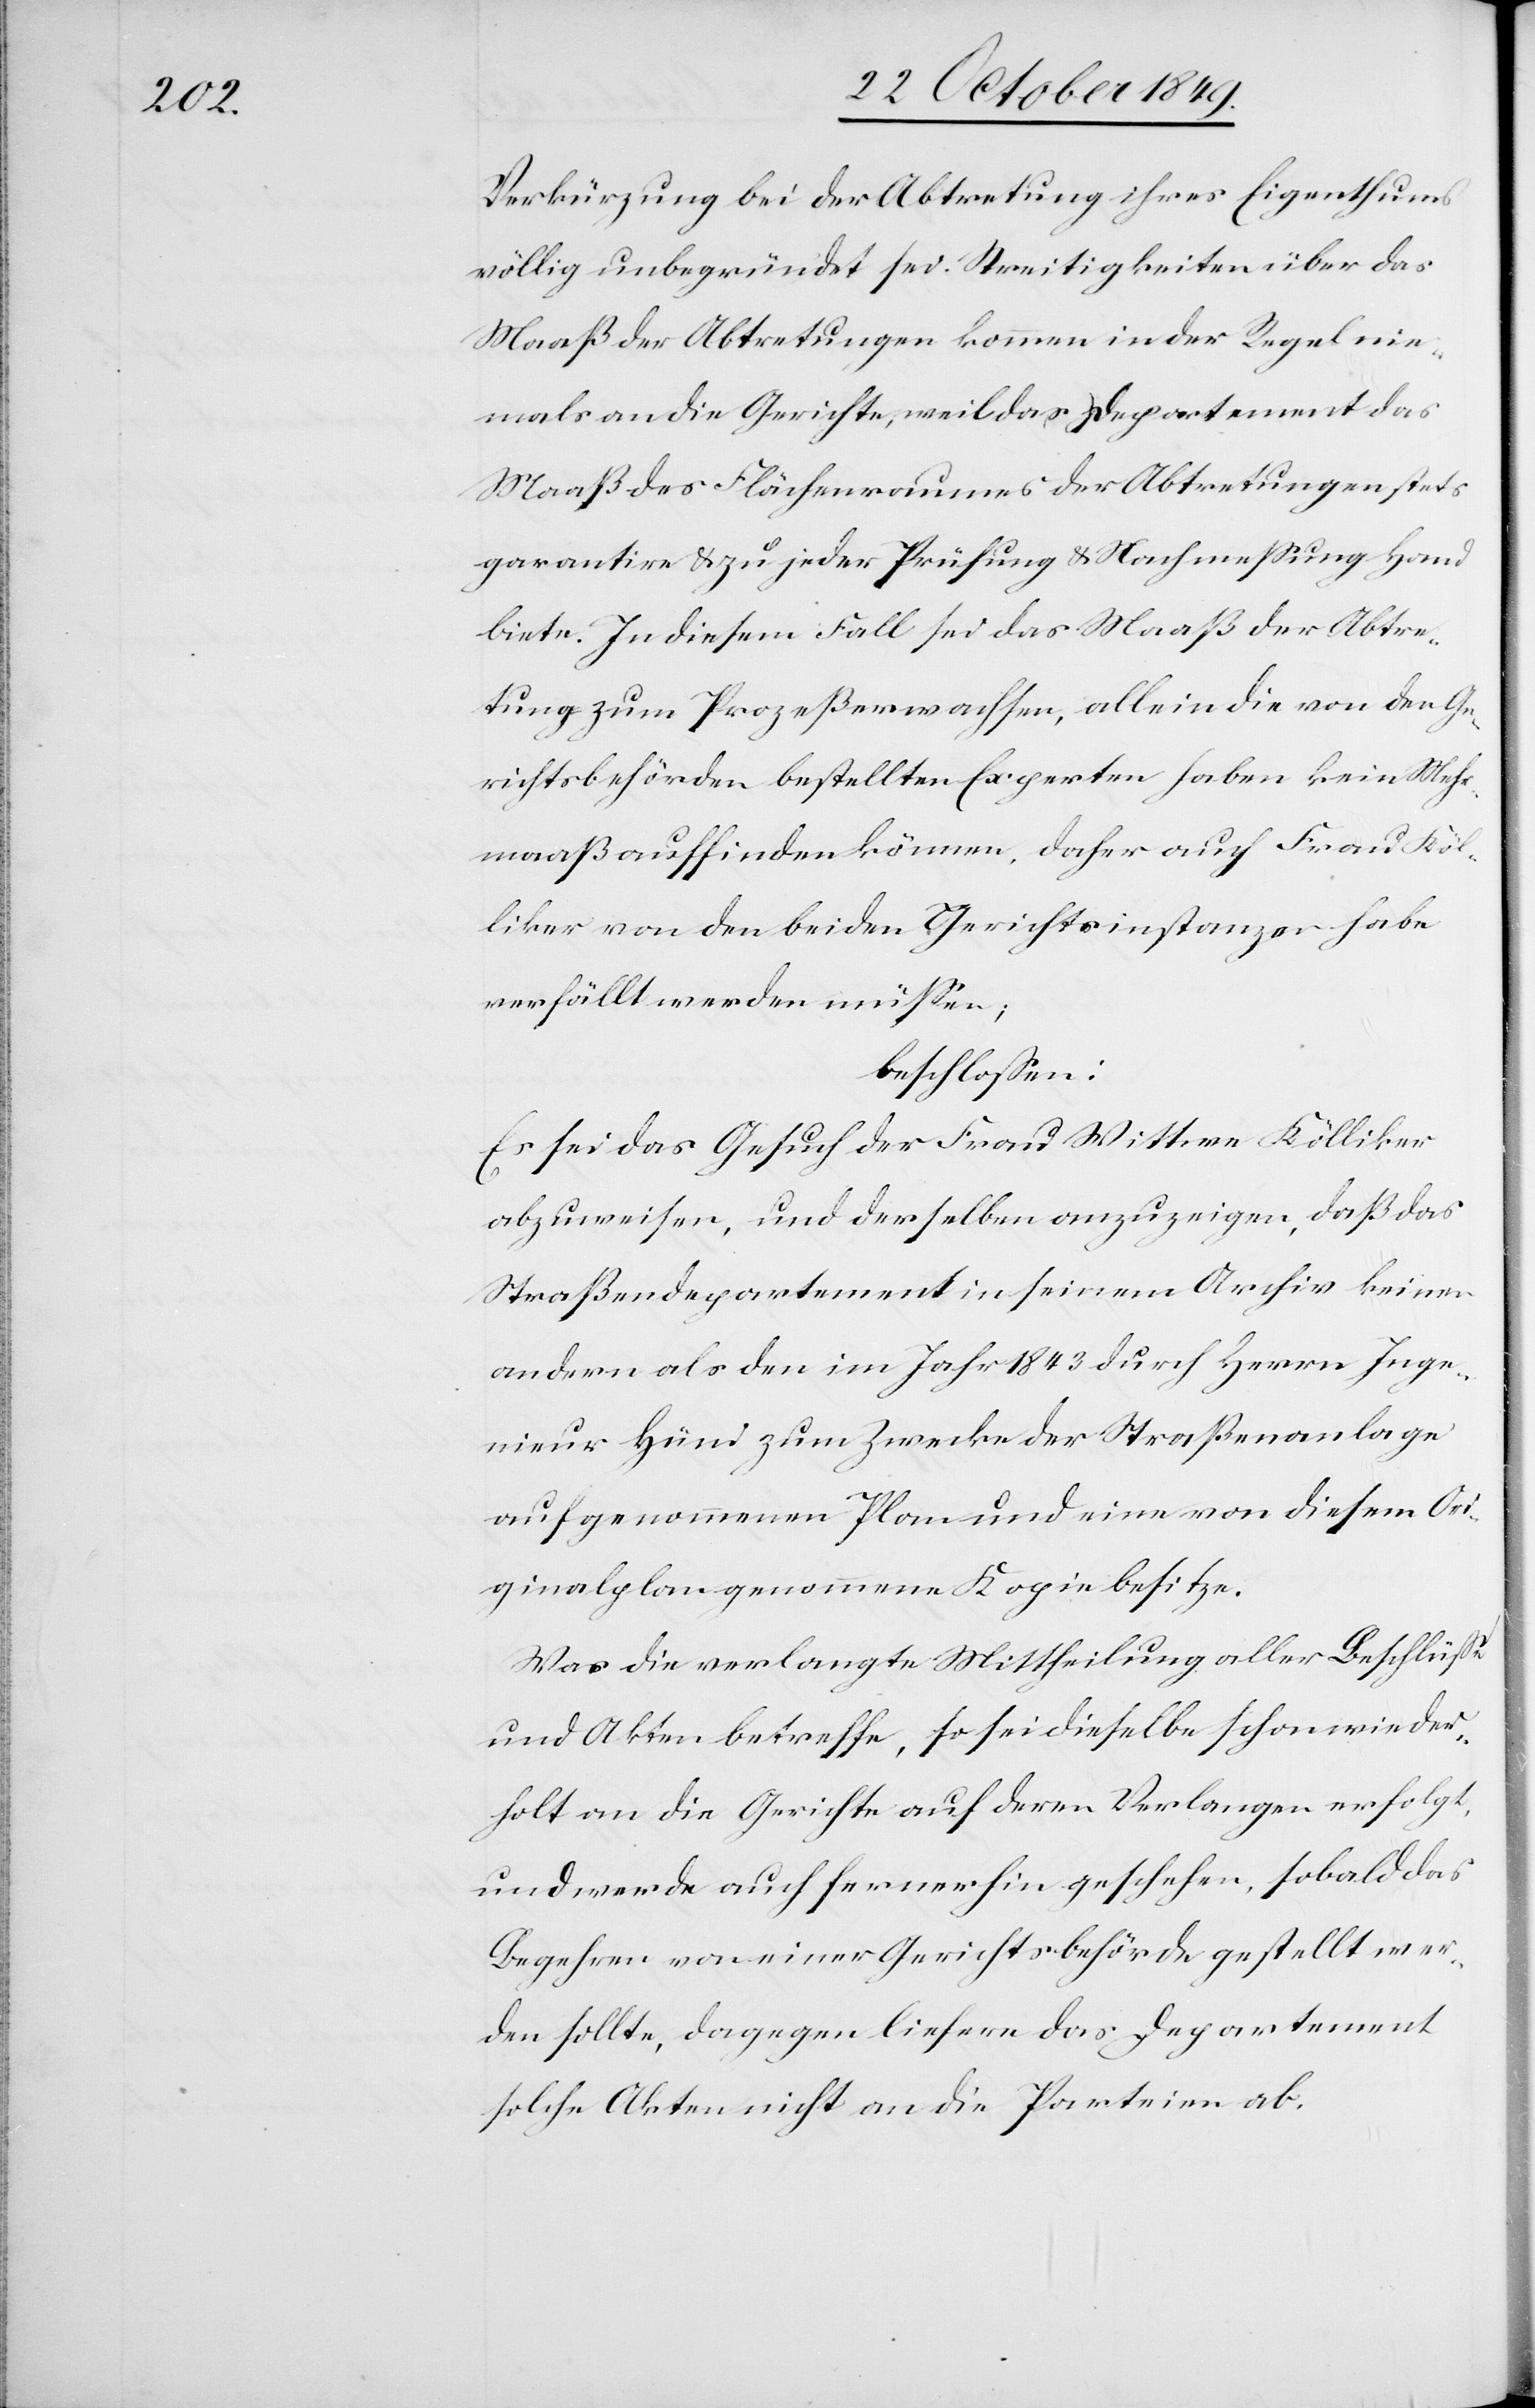
Verkürzung bei der Abtretung ihres Eigenthums
völlig unbegründet sei. Streitigkeiten über das
Maaß der Abtretungen kommen in der Regel nie¬
mals an die Gerichte, weil das Departement das
Maaß des Flächenraumes der Abtretungen stets
garantire u. zu jeder Prüfung u. Nachmeßung Hand
biete. In diesem Fall sei das Maaß der Abtre¬
tung zum Prozeß erwachsen, allein die von den Ge¬
richtsbehörden bestellten Experten haben kein Mehr¬
maaß auffinden können, daher auch Frau Köl¬
liker von den beiden Gerichtsinstanzen habe
verfällt werden müßen;
beschloßen:
Es sei das Gesuch der Frau Wittwe Kölliker
abzuweisen, und derselben anzuzeigen, daß das
Straßendepartement in seinem Archiv keinen
andern als den im Jahr 1843 durch Herrn Inge¬
nieur Hüni zum Zwecke der Straßenanlage
aufgenommenen Plan und eine von diesem Ori¬
ginalplan genommene Kopie besitze.
Was die verlangte Mittheilung aller Beschlüße
und Akten betreffe, so sei dieselbe schon wieder¬
holt an die Gerichte auf deren Verlangen erfolgt
und werde auch fernerhin geschehen, sobald das
Begehren von einer Gerichtsbehörde gestellt wer¬
den sollte, dagegen liefere das Departement
solche Akten nicht an die Parteien ab.